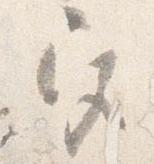
宮